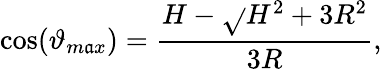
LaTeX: \cos(\vartheta_{m\mathfrak{a}x})=\frac{{H-\sqrt{}{{H^{2}+3R^{2}}}}}{{3R}},